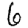
Digit: 6